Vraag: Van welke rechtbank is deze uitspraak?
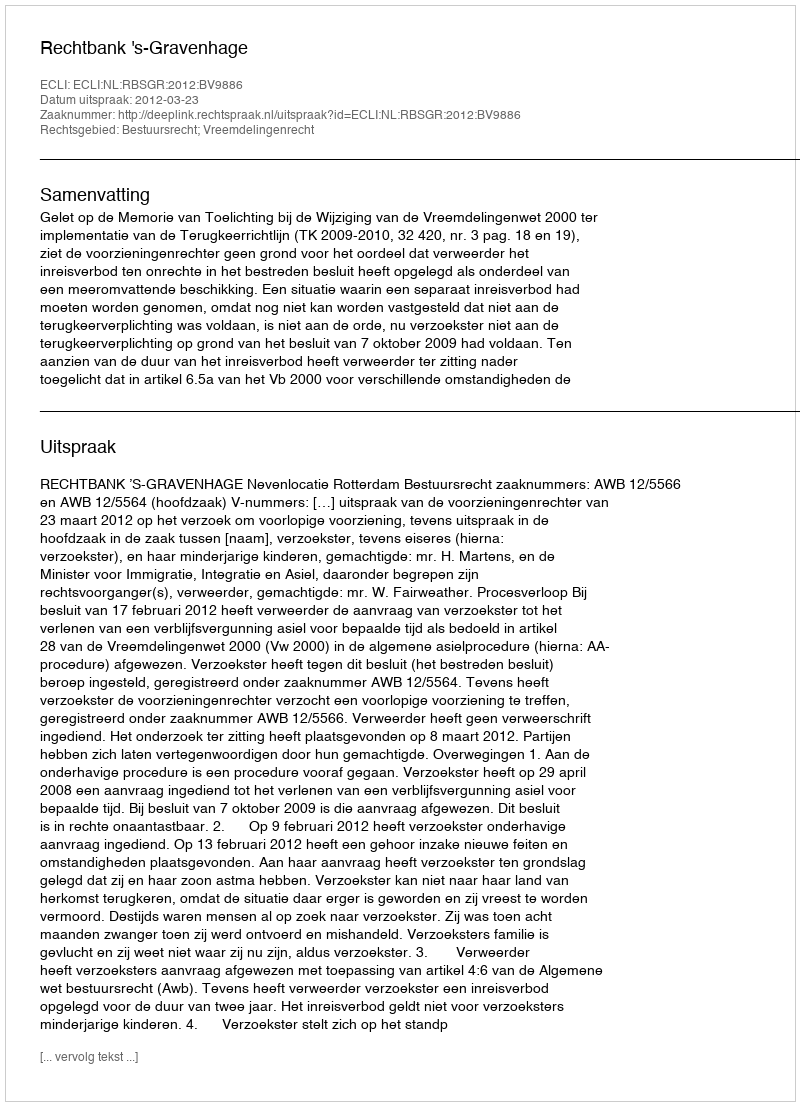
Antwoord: Rechtbank 's-Gravenhage